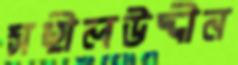
সহীলউদ্দীন